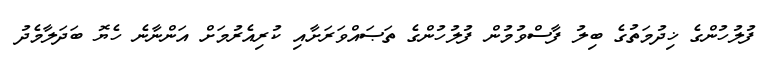
ފުލުހުންގެ ޚިދުމަތުގެ ބިލު ފާސްވުމުން ފުލުހުންގެ ތަޞައްވަރަށާއި ކުރިއެރުމަށް އަންނާނެ ހެޔޮ ބަދަލާމެދު